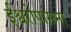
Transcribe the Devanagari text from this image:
ईश्वरोपासना